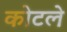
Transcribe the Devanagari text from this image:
कोटले